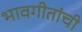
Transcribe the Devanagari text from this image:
भावगीतांची